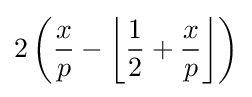
2\left({\frac {x}{p}}-\left\lfloor {\frac {1}{2}}+{\frac {x}{p}}\right\rfloor \right)